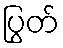
ပြွတ်